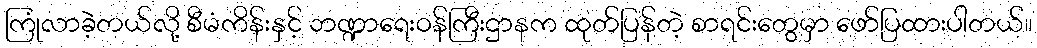
ကြုံလာခဲ့တယ်လို့ စီမံကိန်းနှင့် ဘဏ္ဍာရေးဝန်ကြီးဌာနက ထုတ်ပြန်တဲ့ စာရင်းတွေမှာ ဖော်ပြထားပါတယ်။